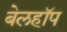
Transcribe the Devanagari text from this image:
बेलहॉप